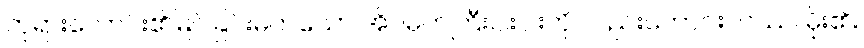
ဘုရားလောင်း၏မြင်ခြင်းမက်သော အိပ်မက်ကြီးငါးပါးကို လည်းကောင်း။ ဝဿ၊ မိုး၏။